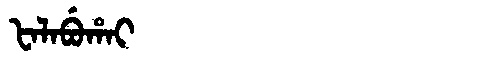
Manchu: ᡶᠠᠯᠠᠪᡠᡥᠠᡳ
Romanization: FALABUHAI